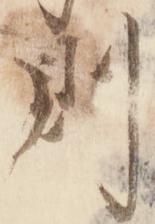
則